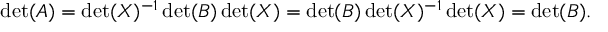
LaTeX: \operatorname* { d e t } ( A ) = \operatorname* { d e t } ( X ) ^ { - 1 } \operatorname* { d e t } ( B ) \operatorname* { d e t } ( X ) = \operatorname* { d e t } ( B ) \operatorname* { d e t } ( X ) ^ { - 1 } \operatorname* { d e t } ( X ) = \operatorname* { d e t } ( B ) .